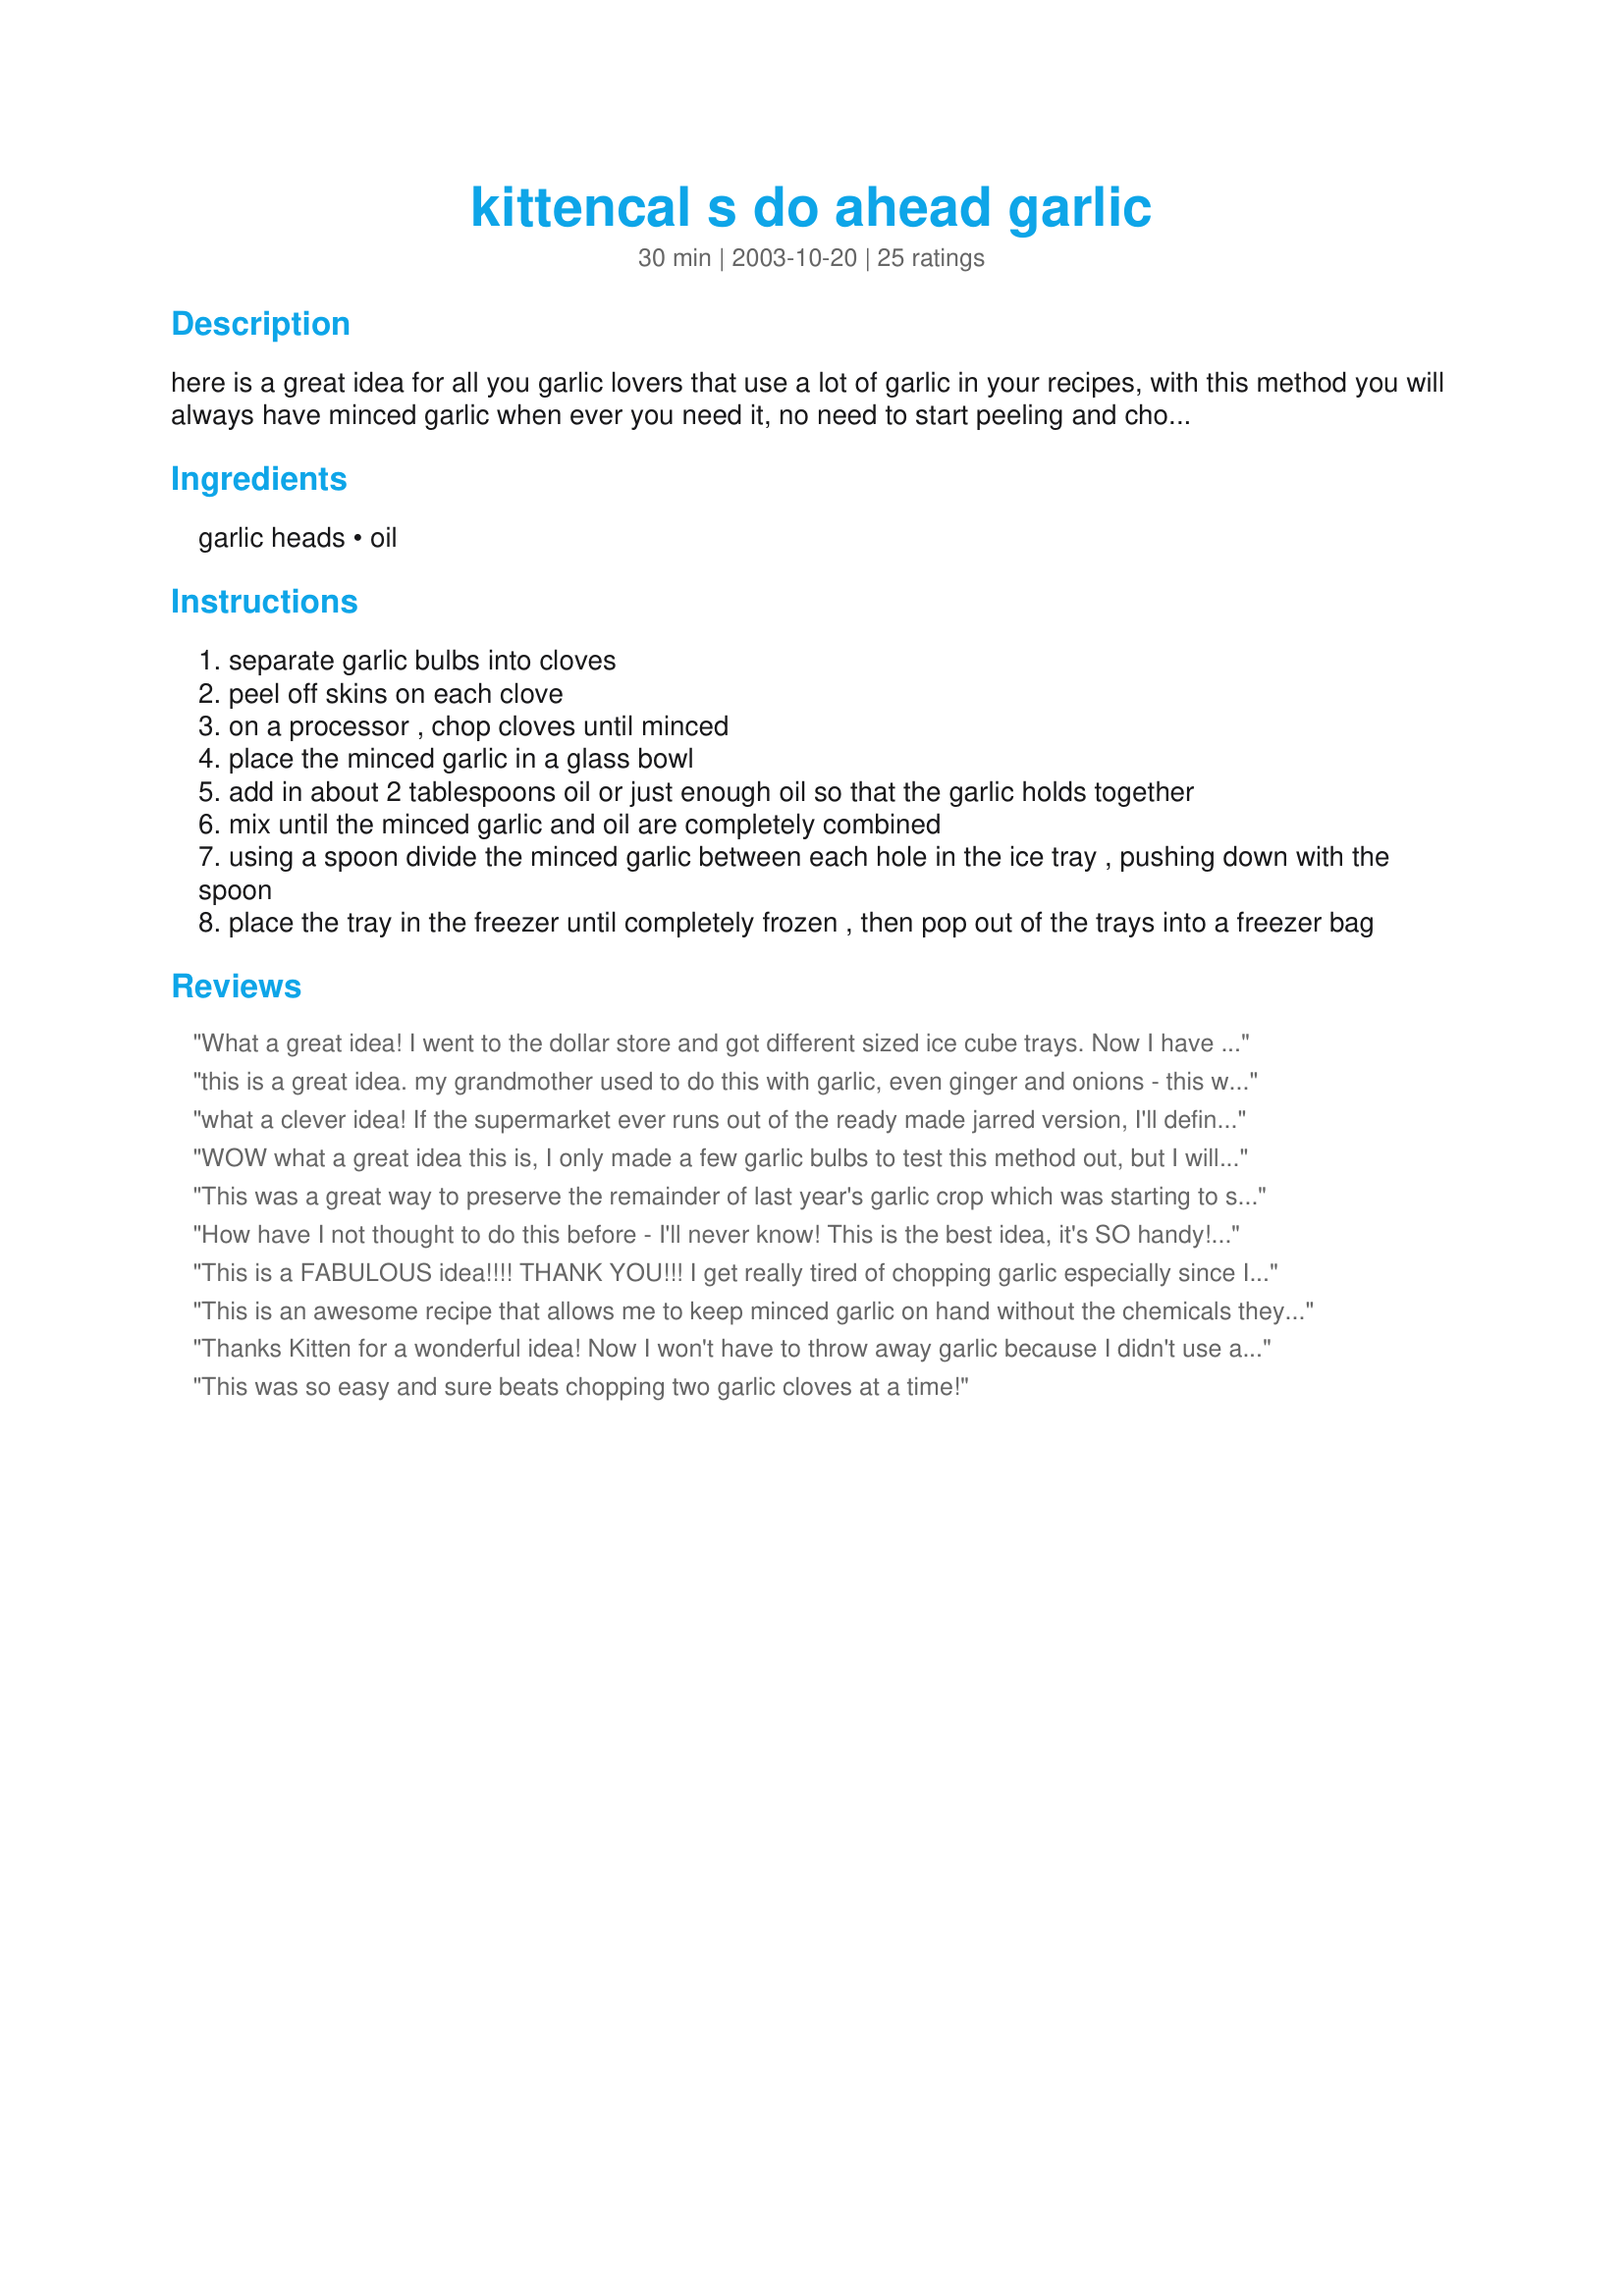
kittencal s do ahead garlic
Preparation time: 30 minutes

here is a great idea for all you garlic lovers that use a lot of garlic in your recipes, with this method you will always have minced garlic when ever you need it, no need to start peeling and chopping cloves for a recipe it's already done and ready for use, in your freezer --- i usually do 30 large heads of garlic at a time so i have enough garlic for a couple of months --- to defrost just pop a frozen garlic cube in the microwave for about 15-20 seconds --- save your plastic trays to use just for the garlic as they will absorb the garlic smell :)

Ingredients:
garlic heads, oil

Steps:
separate garlic bulbs into cloves
peel off skins on each clove
on a processor , chop cloves until minced
place the minced garlic in a glass bowl
add in about 2 tablespoons oil or just enough oil so that the garlic holds together
mix until the minced garlic and oil are completely combined
using a spoon divide the minced garlic between each hole in the ice tray , pushing down with the spoon
place the tray in the freezer until completely frozen , then pop out of the trays into a freezer bag

Reviews:
What a great idea!
I went to the dollar store and got different sized ice cube trays. Now I have small, med and large sized garlic cubes ready for any recipe. What a time saver this is.
Thanks Kitten!
this is a great idea. my grandmother used to do this with garlic, even ginger and onions - this way you always have fresh garlic on hand. thanks kittencal.
what a clever idea! If the supermarket ever runs out of the ready made jarred version, I'll definitely use this method! But I think I'll use metal icecube trays because plactic would absorb the garlic flavor...Thanks for posting this Tip!
WOW what a great idea this is, I only made a few garlic bulbs to test this method out, but I will be making my garlic pre made like this from now on! FANTASTIC!!! now I always have garlic handy when I need it, thanks.
This was a great way to preserve the remainder of last year's garlic crop which was starting to sprout! Quick & easy using the food processor - the hardest part was finding my ice cube trays as my fridge has a built-in cube maker. Thanx Kitten!
How have I not thought to do this before - I'll never know! This is the best idea, it's SO handy! FH laughed at me when I first suggested it, I bought 8 heads of garlic, and started mincing. Took a long time, but it was well worth the effort! I have a mini ice cube try, makes a perfect tablespoon. FH uses them all the time - he thinks it's so handy! He used to skip on the garlic sometimes because he didn't like mincing it himself. I'm already half through my first bag of garlic, when I pick up groceries this week, I'll probably do another batch up.

Thank you, again! You're definitely are a Kitchen Guru! :)
This is a FABULOUS idea!!!! THANK YOU!!! I get really tired of chopping garlic especially since I have weak hands. Now I never have to chop garlic ever again. Putting them in the freezer ziploc bag and shaping like a cigar is a great idea. HANDY!!
This is an awesome recipe that allows me to keep minced garlic on hand without the chemicals they add to the ones at the store. I don't have any ice cube trays, so I split the minced garlic into 2 small tupperware containers. One is in the freezer for when I finish the one in the fridge. I use garlic alot so this is a lifesaver! Thanks for another great recipe *** Edited to note- from what I have read, do not store garlic in oil at room temperature. Kittencal's recipe is great as written, but for anyone who had the idea to store in the fridge like I did, I want to warn you of the dangers. Botulism can occur when garlic and oil are combined and kept at room temperature (also warnings are given about storing in the fridge). So, please freeze immediately and please research for yourselves! ***
Thanks Kitten for a wonderful idea! Now I won't have to throw away garlic because I didn't use all it! I now have plenty on hand and don't have to run to the grocery store! They froze so well and popped right out of the ice trays! I put the cubes in freezer bags and now it is so convienent to grab a cube and use!
This was so easy and sure beats chopping two garlic cloves at a time!
I thought this would be a great idea ... until I tried it. I spread my minced, oil covered garlic on a plastic wrap 11X17-inch tray and then froze it. After freezing I scraped it all off and put it in a plastic covered container and popped back into the freezer. WEll.. today was the day! Time to try my Do-Ahead garlic. I used it on oven roasted fresh broccoli spears and it just didn't taste like fresh garlic. It surely wasn't as strong as fresh garlic and it had a tiny bit of 'off' flavor. I'd say more like a little bitter. I tasted the garlic by itself to see if it was just me... but no.. it wasn't as good as fresh garlic at all. I guess you could use it in a pinch if need be. But I don't think I will. I'll continue to buy a couple of fresh heads each week and use them as needed.
Thank you, thank you, thank you. I am so over mincing garlic for every recipe - this is the tip of the year - and did I mention - thank you!!!!
Cool ( no pun intended ) Idea!

We have done this with peppers and onions for over 30 years, but never thought about the garlic, DUH!

Thanks
I have learned something new! I usually freeze chopped onion, all colors of peppers and now garlic. 
I tried something different this time, I minced the fresh garlic and chopped onion, added oil, then filled little cubes and froze.
I will use in ground meats and soups and stews I think. Thanks.
Every day is an education!
Kittencal, I love you. Please marry me? <br/><br/>;) Seriously, though, your recipes are always the BEST. Anytime I search for a new recipe I look to see if there's one from you first.
What a fantastic idea! I will try this soon!
I put enough in the bottom of several freezer bags to make them semi fat cigars when rolled. I am able to break off a chunk as I need it. Great idea!
Love all of your great recipes and ideas Kittencal :) I Gave this a try and it worked very well, it's a great idea especially for those who do alot of cooking. you do need to have an ice tray just for this, I think the mini ones would work really nice, if you can find one which of course i couldn't :) I Like the 'rolls' idea mentioned too.
So easy and economical to boot. So why have I been buying the minced garlic in those expensive little bottles?????? Well....sometimes my brain just isn't working up to speed. :) Thanks Kitten. I can always trust you to give me a good recipe. I used Riffraff's suggestion and froze 'cigars'. Clever idea!
Have done this for a long time now so I know you have a good idea...may I add...I do the same thing with roasted garlic. That way, I have the bite or the sweetness of garlic ready to go. Thanks for posting a very useful idea.
Worked really well! I was making recipe #49230 and had extra garlic chopped, so measured out 1 tsp portions, then added olive oil, in the sections of an ice cube tray. It does freeze solid, making little garlic cubes that are very handy for sauteeing. Have been suprised how handy this is to keep in the freezer along with my chopped onions and green peppers. I'd never thought to do garlic, too!! Thanks for sharing the tip!
Such a good idea! Why hadn't I thought of this before? I thought I was saving time by always having pealed garlic in the fridge. But to have it already chopped is wonderful. The only bad part is my dh said it made the whole house smell - smell yummy I say!
Thank you very much for sharing this helpful tip.
Don't know why I never thought of this as I chop onions and freeze in this manner minus the oil. Thanks for a great time saver.
This recipe was a life saver! I had bought 6 heads of garlic because it was marked down and then when I got it home I didn't know how to store it til I could use it all up! Thanks so much!!
Wonderful idea. It'll be a real time saver to always have chopped garlic on hand.
